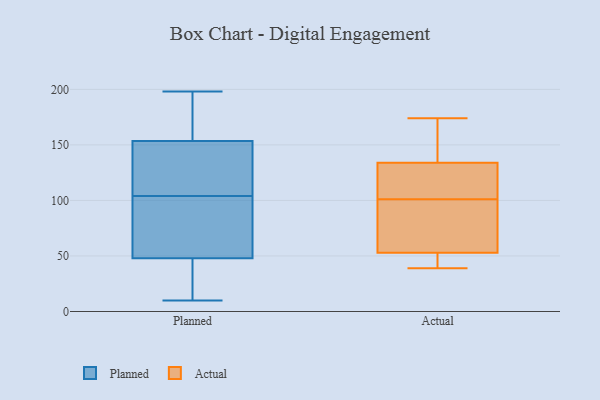
{"axis": {"x": "Waste Production (Tons)", "y": "Value"}, "legend": ["Actual", "Planned"], "data": [{"x": "", "y": 10, "type": "Planned"}, {"x": "", "y": 170, "type": "Planned"}, {"x": "", "y": 10, "type": "Planned"}, {"x": "", "y": 115, "type": "Planned"}, {"x": "", "y": 149, "type": "Planned"}, {"x": "", "y": 85, "type": "Planned"}, {"x": "", "y": 104, "type": "Planned"}, {"x": "", "y": 198, "type": "Planned"}, {"x": "", "y": 167, "type": "Planned"}, {"x": "", "y": 24, "type": "Planned"}, {"x": "", "y": 66, "type": "Planned"}, {"x": "", "y": 56, "type": "Planned"}, {"x": "", "y": 127, "type": "Planned"}, {"x": "", "y": 118, "type": "Actual"}, {"x": "", "y": 39, "type": "Actual"}, {"x": "", "y": 75, "type": "Actual"}, {"x": "", "y": 134, "type": "Actual"}, {"x": "", "y": 174, "type": "Actual"}, {"x": "", "y": 52, "type": "Actual"}, {"x": "", "y": 84, "type": "Actual"}, {"x": "", "y": 122, "type": "Actual"}, {"x": "", "y": 160, "type": "Actual"}, {"x": "", "y": 53, "type": "Actual"}]}